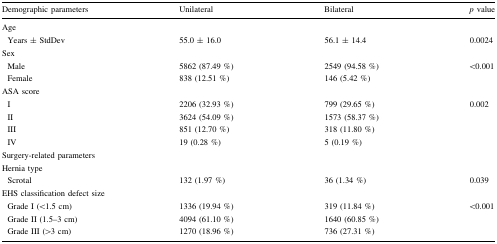
<table><thead><tr><td><b>Demographic parameters</b></td><td><b>Unilateral</b></td><td><b>Bilateral</b></td><td><b><i>p</i> value</b></td></tr></thead><tbody><tr><td colspan="4">Age</td></tr><tr><td> Years ± StdDev</td><td>55.0 ± 16.0</td><td>56.1 ± 14.4</td><td>0.0024</td></tr><tr><td colspan="4">Sex</td></tr><tr><td> Male</td><td>5862 (87.49 %)</td><td>2549 (94.58 %)</td><td rowspan="2">&lt;0.001</td></tr><tr><td> Female</td><td>838 (12.51 %)</td><td>146 (5.42 %)</td></tr><tr><td colspan="4">ASA score</td></tr><tr><td> I</td><td>2206 (32.93 %)</td><td>799 (29.65 %)</td><td rowspan="4">0.002</td></tr><tr><td> II</td><td>3624 (54.09 %)</td><td>1573 (58.37 %)</td></tr><tr><td> III</td><td>851 (12.70 %)</td><td>318 (11.80 %)</td></tr><tr><td> IV</td><td>19 (0.28 %)</td><td>5 (0.19 %)</td></tr><tr><td colspan="4">Surgery-related parameters</td></tr><tr><td colspan="4">Hernia type</td></tr><tr><td> Scrotal</td><td>132 (1.97 %)</td><td>36 (1.34 %)</td><td>0.039</td></tr><tr><td colspan="4">EHS classification defect size</td></tr><tr><td> Grade I (&lt;1.5 cm)</td><td>1336 (19.94 %)</td><td>319 (11.84 %)</td><td rowspan="3">&lt;0.001</td></tr><tr><td> Grade II (1.5–3 cm)</td><td>4094 (61.10 %)</td><td>1640 (60.85 %)</td></tr><tr><td> Grade III (&gt;3 cm)</td><td>1270 (18.96 %)</td><td>736 (27.31 %)</td></tr></tbody></table>